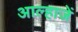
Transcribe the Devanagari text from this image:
आल्हाजें